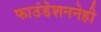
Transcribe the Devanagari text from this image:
फाउंडेशननेही